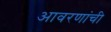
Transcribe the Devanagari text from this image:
आवरणांची